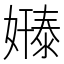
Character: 𫱸